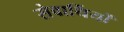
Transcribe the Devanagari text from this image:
सेवार्थियों